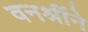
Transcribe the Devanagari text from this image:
वनश्रींने